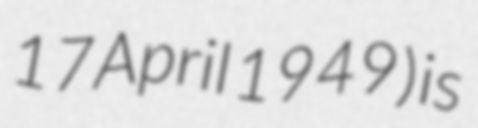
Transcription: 17 April 1949) is